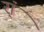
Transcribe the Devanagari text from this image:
र्‍ां